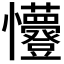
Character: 𭟭